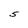
Character: S